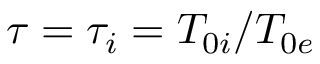
\tau = \tau _ { i } = T _ { 0 i } / T _ { 0 e }